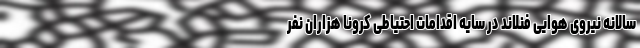
سالانه نیروی هوایی فنلاند در سایه اقدامات احتیاطی کرونا هزاران نفر